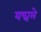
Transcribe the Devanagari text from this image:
यन्त्रले